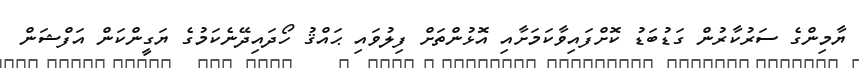
ޔާމިންގެ ސަރުކާރުން ގަޑުބަޑު ކޮށްފައިވާކަމަށާއި އޮޅުންތަށް ފިލުވައި ޙައްޤު ހޯދައިދޭނެކަމުގެ ޔަގީންކަން އަފްޝަން